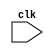
module timing_control_and_synchronization(
    input wire clk,
    // Other input ports for data transfer control
    // Other output ports for clock signals and data transfer timings
);

// Timing control logic for generating clock signals
// Data transfer timing management logic
// Synchronization logic for read and write operations

endmodule